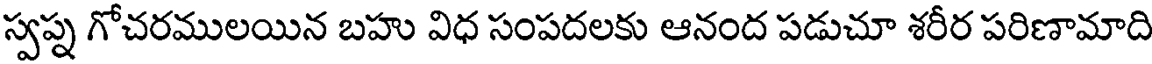
స్వప్న గోచరములయిన బహు విధ సంపదలకు ఆనంద పడుచూ శరీర పరిణామాది